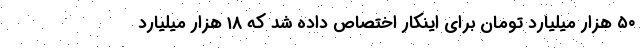
۵۰ هزار میلیارد تومان برای اینکار اختصاص داده شد که ۱۸ هزار میلیارد